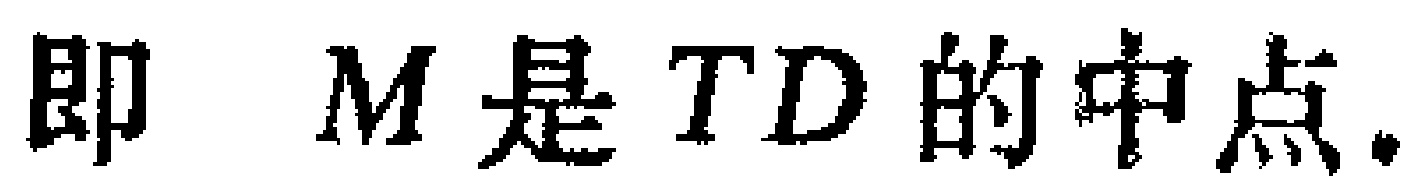
即 \(M\) 是 \(TD\) 的中点.